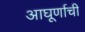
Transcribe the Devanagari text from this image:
आघूर्णाची